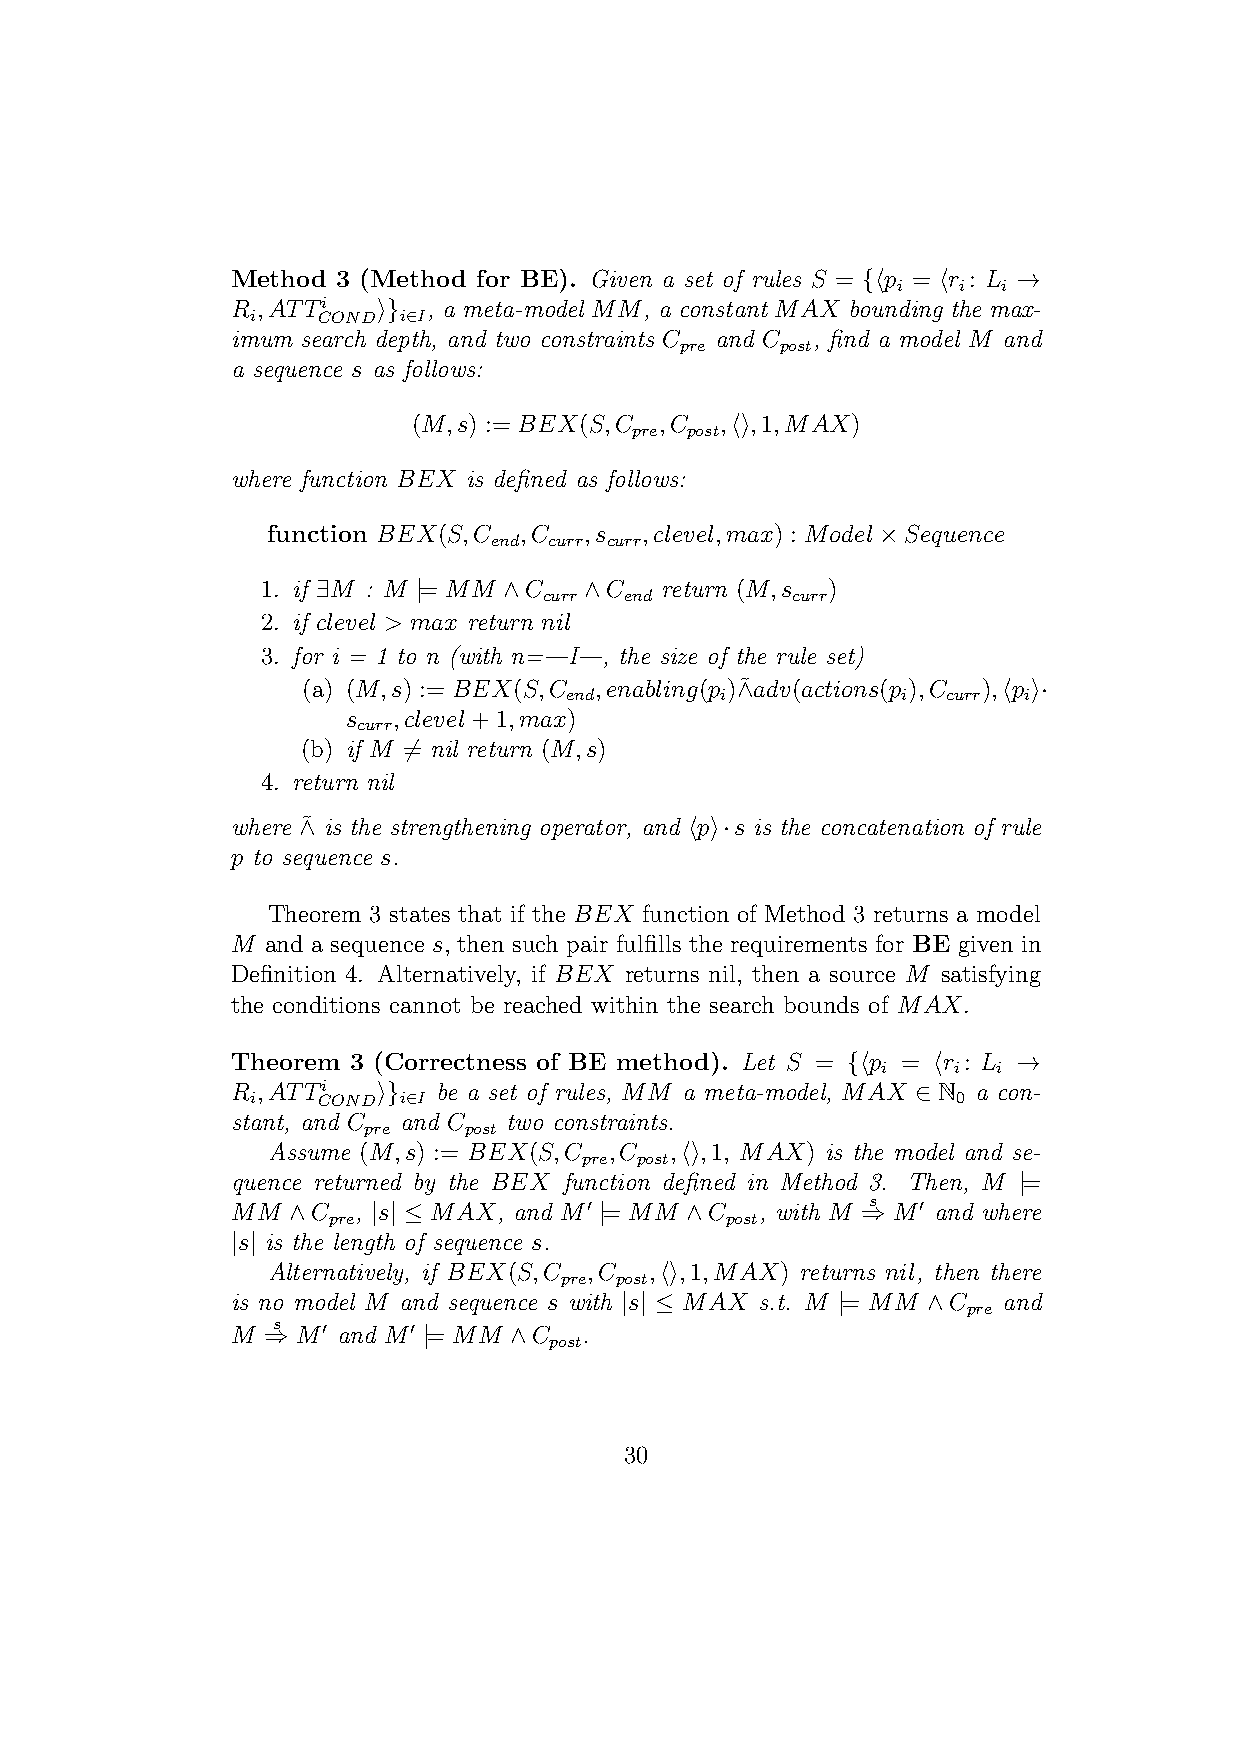
Method 3 (Method for BE). Given a set of rules S = {⟨p = ⟨r : L →
 i   i  i
 R ;ATTi   ⟩} , a meta-model MM, a constant MAX bounding the max-
 i   COND i∈I
 imum search depth, and two constraints C and C , find a model M and
 pre    post
 a sequence s as follows:
 (M;s) := BEX(S;C ;C  ;⟨⟩;1;MAX)
 pre post
 where function BEX is defined as follows:
 function BEX(S;C ;C  ;s ;clevel;max) : Model×Sequence
 end curr curr
 1. if ∃M : M |= MM ∧C ∧C   return (M;s )
 curr end        curr
 2. if clevel > max return nil
 3. for i = 1 to n (with n=—I—, the size of the rule set)
 (a) (M;s) := BEX(S;C ;enabling(p )∧˜adv(actions(p );C );⟨p ⟩·
 end        i           i  curr i
 s  ;clevel+1;max)
 curr
 (b) if M ̸= nil return (M;s)
 4. return nil
 where ∧˜ is the strengthening operator, and ⟨p⟩·s is the concatenation of rule
 p to sequence s.
 Theorem 3 states that if the BEX function of Method 3 returns a model
 M  and a sequence s, then such pair fulfills the requirements for BE given in
 Definition 4. Alternatively, if BEX returns nil, then a source M satisfying
 the conditions cannot be reached within the search bounds of MAX.
 Theorem 3 (Correctness of BE method). Let S = {⟨p = ⟨r : L →
 i    i  i
 R ;ATTi   ⟩}  be a set of rules, MM a meta-model, MAX ∈ N a con-
 i   COND i∈I                                  0
 stant, and C and C two constraints.
 pre    post
 Assume (M;s) := BEX(S;C ;C ;⟨⟩;1; MAX) is the model and se-
 pre post
 quence returned by the BEX function defined in Method 3. Then, M |=
 MM  ∧C   , |s| ≤ MAX, and M′ |= MM ∧C , with M ⇒s M′ and where
 pre                       post
 |s| is the length of sequence s.
 Alternatively, if BEX(S;C ;C ;⟨⟩;1;MAX) returns nil, then there
 pre post
 is no model M and sequence s with |s| ≤ MAX s.t. M |= MM ∧C and
 pre
 M ⇒s M′ and M′ |= MM ∧C .
 post
 30